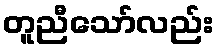
တူညီသော်လည်း